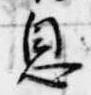
息